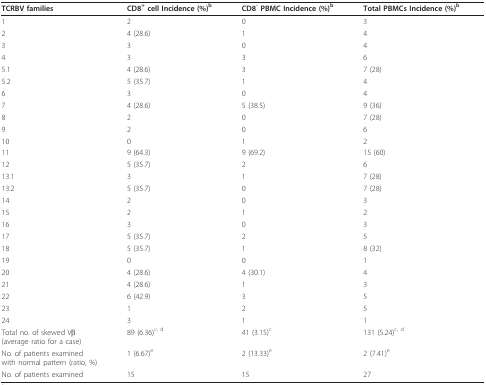
<table><thead><tr><td><b>TCRBV families</b></td><td><b>CD8<sup>+ </sup>cell Incidence (%)<sup>b</sup></b></td><td><b>CD8<sup>- </sup>PBMC Incidence (%)<sup>b</sup></b></td><td><b>Total PBMCs Incidence (%)<sup>b</sup></b></td></tr></thead><tbody><tr><td>1</td><td>2</td><td>0</td><td>3</td></tr><tr><td>2</td><td>4 (28.6)</td><td>1</td><td>4</td></tr><tr><td>3</td><td>3</td><td>0</td><td>4</td></tr><tr><td>4</td><td>3</td><td>3</td><td>6</td></tr><tr><td>5.1</td><td>4 (28.6)</td><td>3</td><td>7 (28)</td></tr><tr><td>5.2</td><td>5 (35.7)</td><td>1</td><td>4</td></tr><tr><td>6</td><td>3</td><td>0</td><td>4</td></tr><tr><td>7</td><td>4 (28.6)</td><td>5 (38.5)</td><td>9 (36)</td></tr><tr><td>8</td><td>2</td><td>0</td><td>7 (28)</td></tr><tr><td>9</td><td>2</td><td>0</td><td>6</td></tr><tr><td>10</td><td>0</td><td>1</td><td>2</td></tr><tr><td>11</td><td>9 (64.3)</td><td>9 (69.2)</td><td>15 (60)</td></tr><tr><td>12</td><td>5 (35.7)</td><td>2</td><td>6</td></tr><tr><td>13.1</td><td>3</td><td>1</td><td>7 (28)</td></tr><tr><td>13.2</td><td>5 (35.7)</td><td>0</td><td>7 (28)</td></tr><tr><td>14</td><td>2</td><td>0</td><td>3</td></tr><tr><td>15</td><td>2</td><td>1</td><td>2</td></tr><tr><td>16</td><td>3</td><td>0</td><td>3</td></tr><tr><td>17</td><td>5 (35.7)</td><td>2</td><td>5</td></tr><tr><td>18</td><td>5 (35.7)</td><td>1</td><td>8 (32)</td></tr><tr><td>19</td><td>0</td><td>0</td><td>1</td></tr><tr><td>20</td><td>4 (28.6)</td><td>4 (30.1)</td><td>4</td></tr><tr><td>21</td><td>4 (28.6)</td><td>1</td><td>3</td></tr><tr><td>22</td><td>6 (42.9)</td><td>3</td><td>5</td></tr><tr><td>23</td><td>1</td><td>2</td><td>5</td></tr><tr><td>24</td><td>3</td><td>1</td><td>1</td></tr><tr><td>Total no. of skewed Vβ(average ratio for a case)</td><td>89 (6.36)<sup>c, d</sup></td><td>41 (3.15)<sup>c</sup></td><td>131 (5.24)<sup>c, d</sup></td></tr><tr><td>No. of patients examinedwith normal pattern (ratio, %)</td><td>1 (6.67)<sup>e</sup></td><td>2 (13.33)<sup>e</sup></td><td>2 (7.41)<sup>e</sup></td></tr><tr><td>No. of patients examined</td><td>15</td><td>15</td><td>27</td></tr></tbody></table>